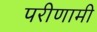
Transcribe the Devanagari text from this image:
परीणामी